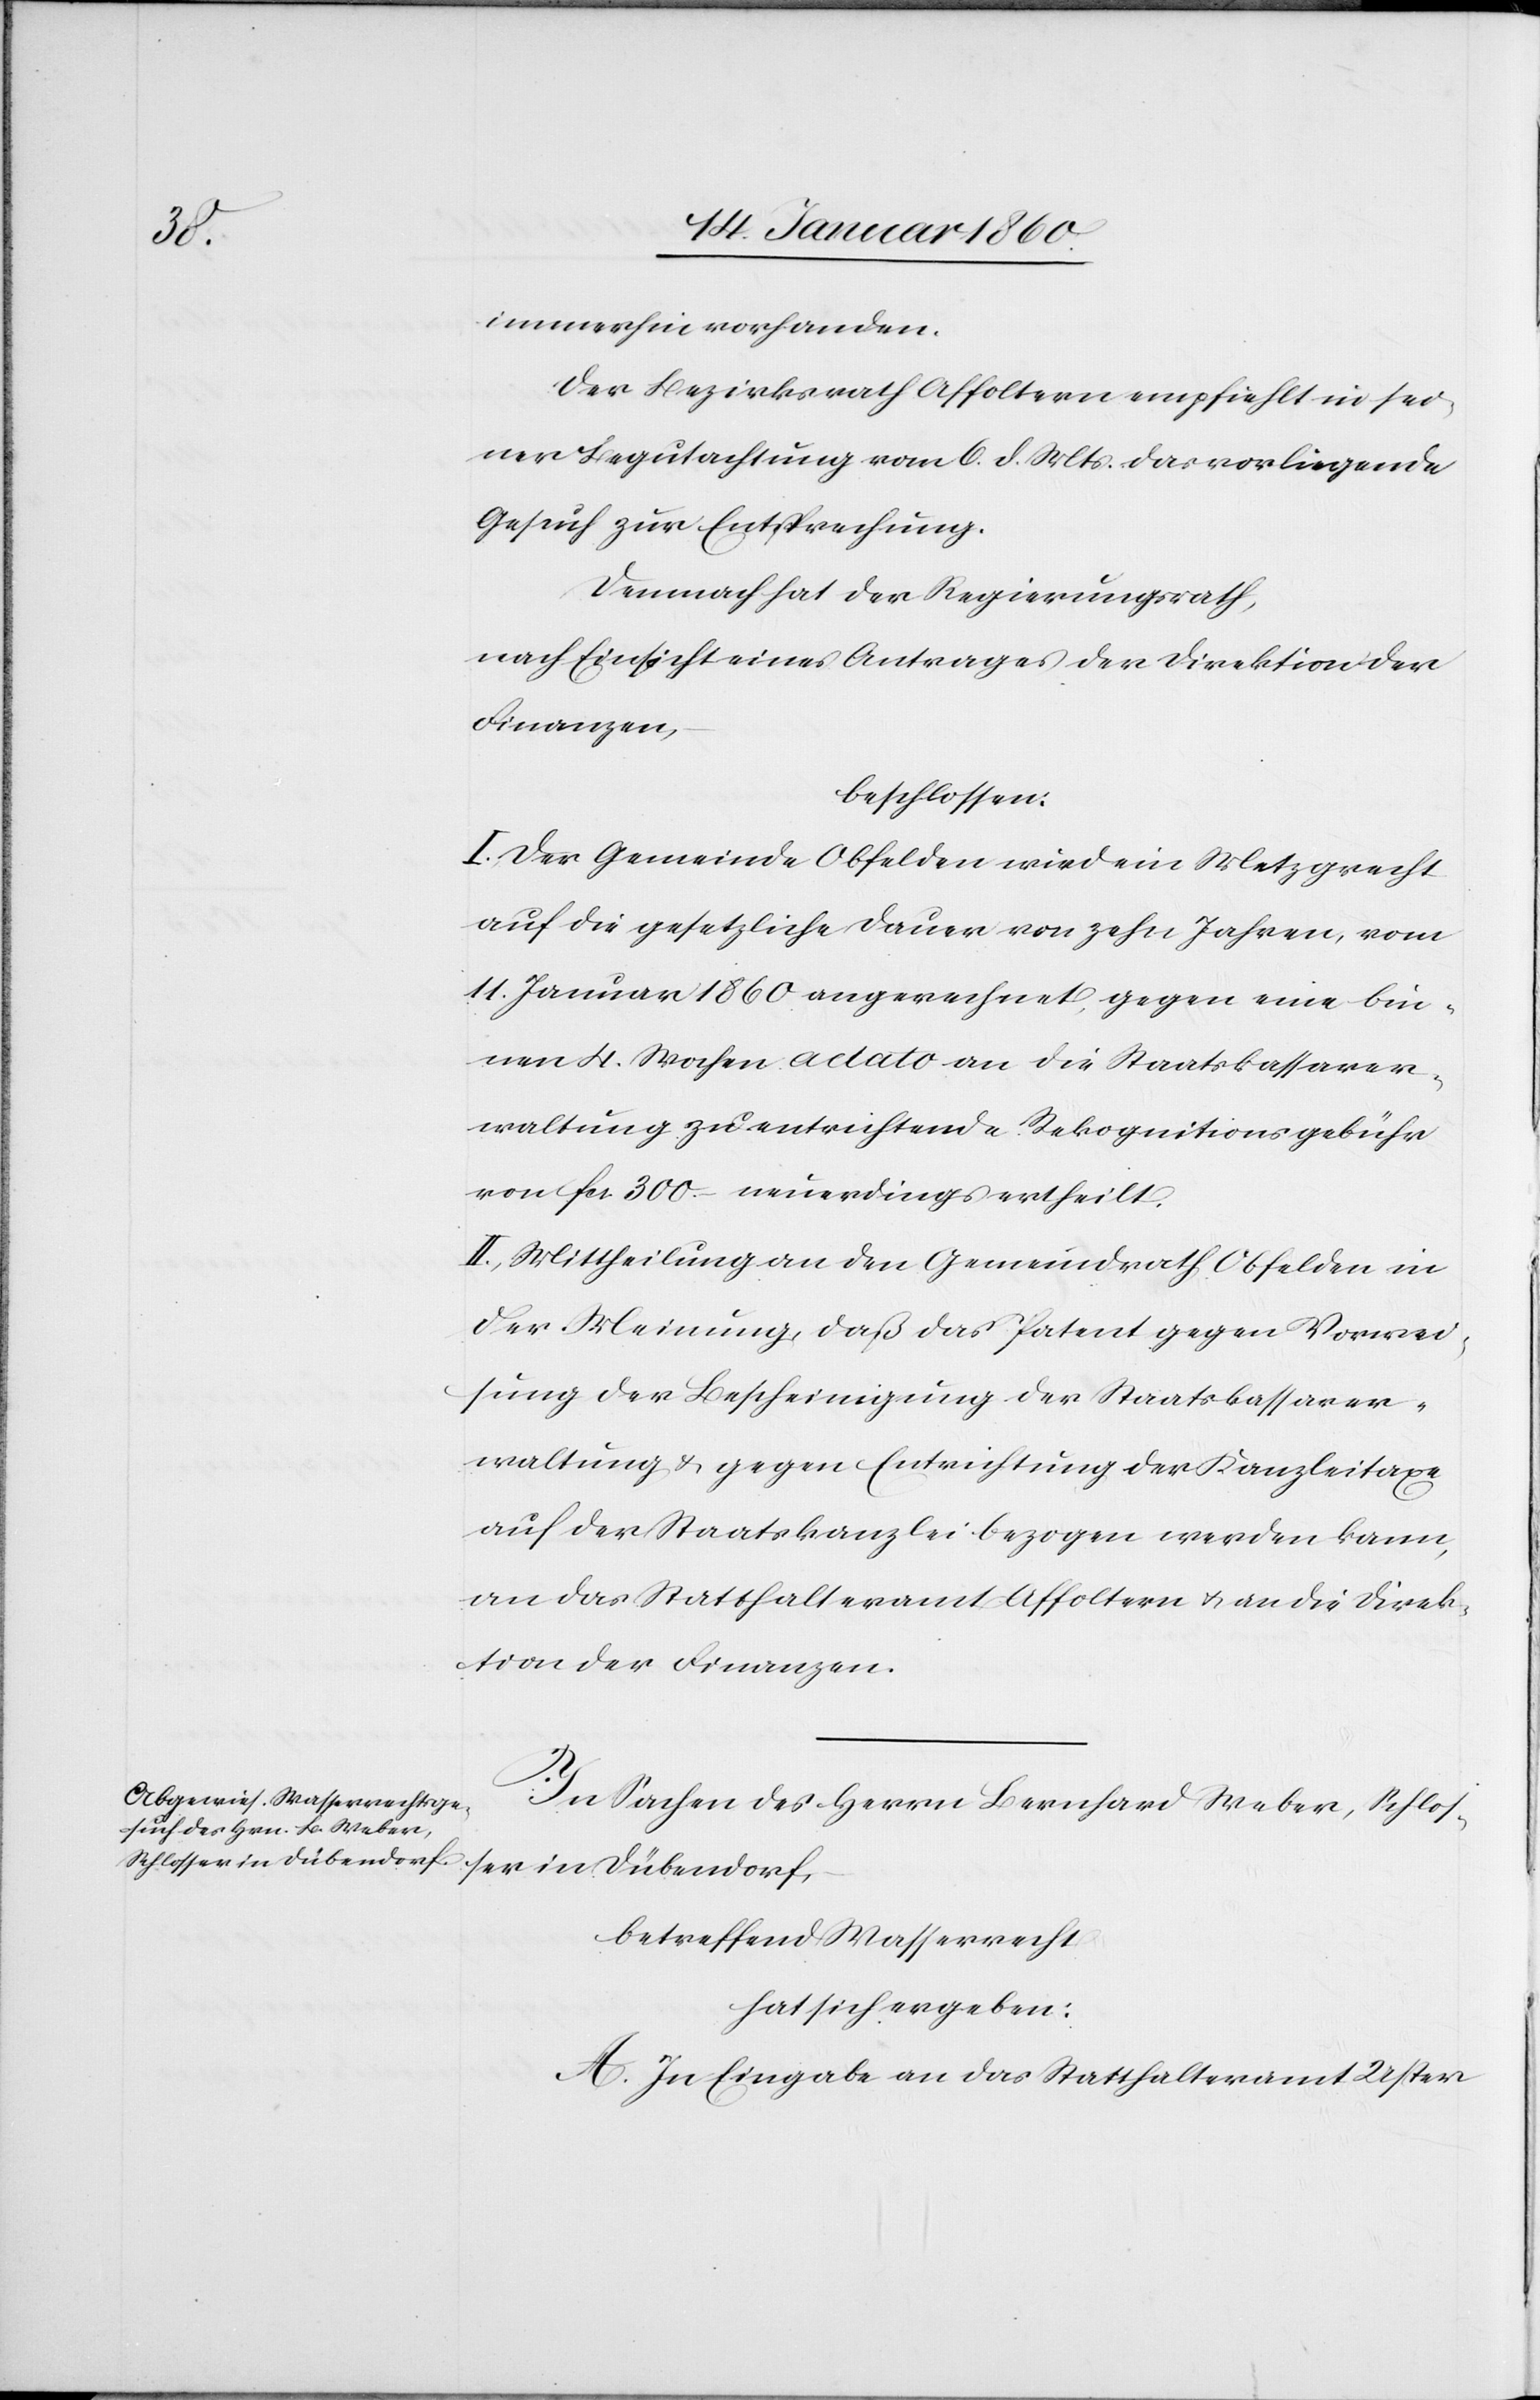
immerhin vorhanden.
Der Bezirksrath Affoltern empfiehlt in sei¬
ner Begutachtung vom 6. d. Mts. das vorliegende
Gesuch zur Entsprechung.
Demnach hat der Regierungsrath,
nach Einsicht eines Antrages der Direktion der
Finanzen
beschlossen:
I. Der Gemeinde Obfelden wird ein Metzgrecht
auf die gesetzliche Dauer von zehn Jahren, vom
11. Januar 1860. angerechnet, gegen eine bin¬
nen 4. Wochen a dato an die Staatskassaver¬
waltung zu entrichtende Rekognitionsgebühr
von fcs. 300. neuerdings ertheilt.
II. Mittheilung an den Gemeindrath Obfelden in
der Meinung, daß das Patent gegen Vorwei¬
sung der Bescheinigung der Staatskassierver¬
waltung u. gegen Entrichtung der Kanzleitaxe
auf der Staatskanzlei bezogen werden kann,
an das Statthalteramt Affoltern u. an die Direk¬
tion der Finanzen.
In Sachen des Herrn Bernhard Weber, Schlos¬
ser in Dübendorf,
betreffend Wasserrecht
hat sich ergeben:
A. In Eingabe an das Statthalteramt Uster